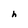
Character: h